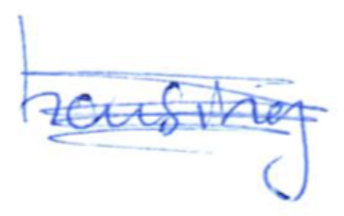
Text: housing
Cross-out: scratch
Writing tool: ballpoint